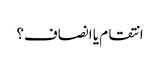
انتقام یا انصاف؟